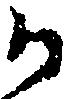
か